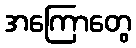
အကြောတွေ